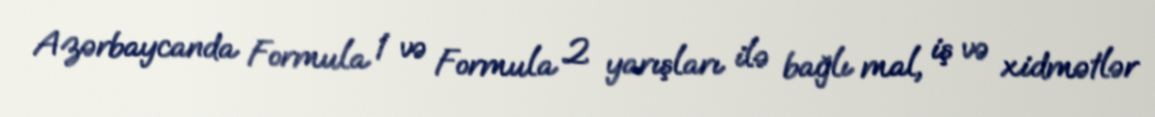
Azərbaycanda Formula 1 və Formula 2 yarışları ilə bağlı mal, iş və xidmətlər